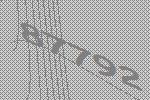
87792